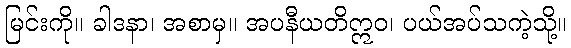
မြင်းကို။ ခါဒနာ၊ အစာမှ။ အပနီယတိဣဝ၊ ပယ်အပ်သကဲ့သို့။